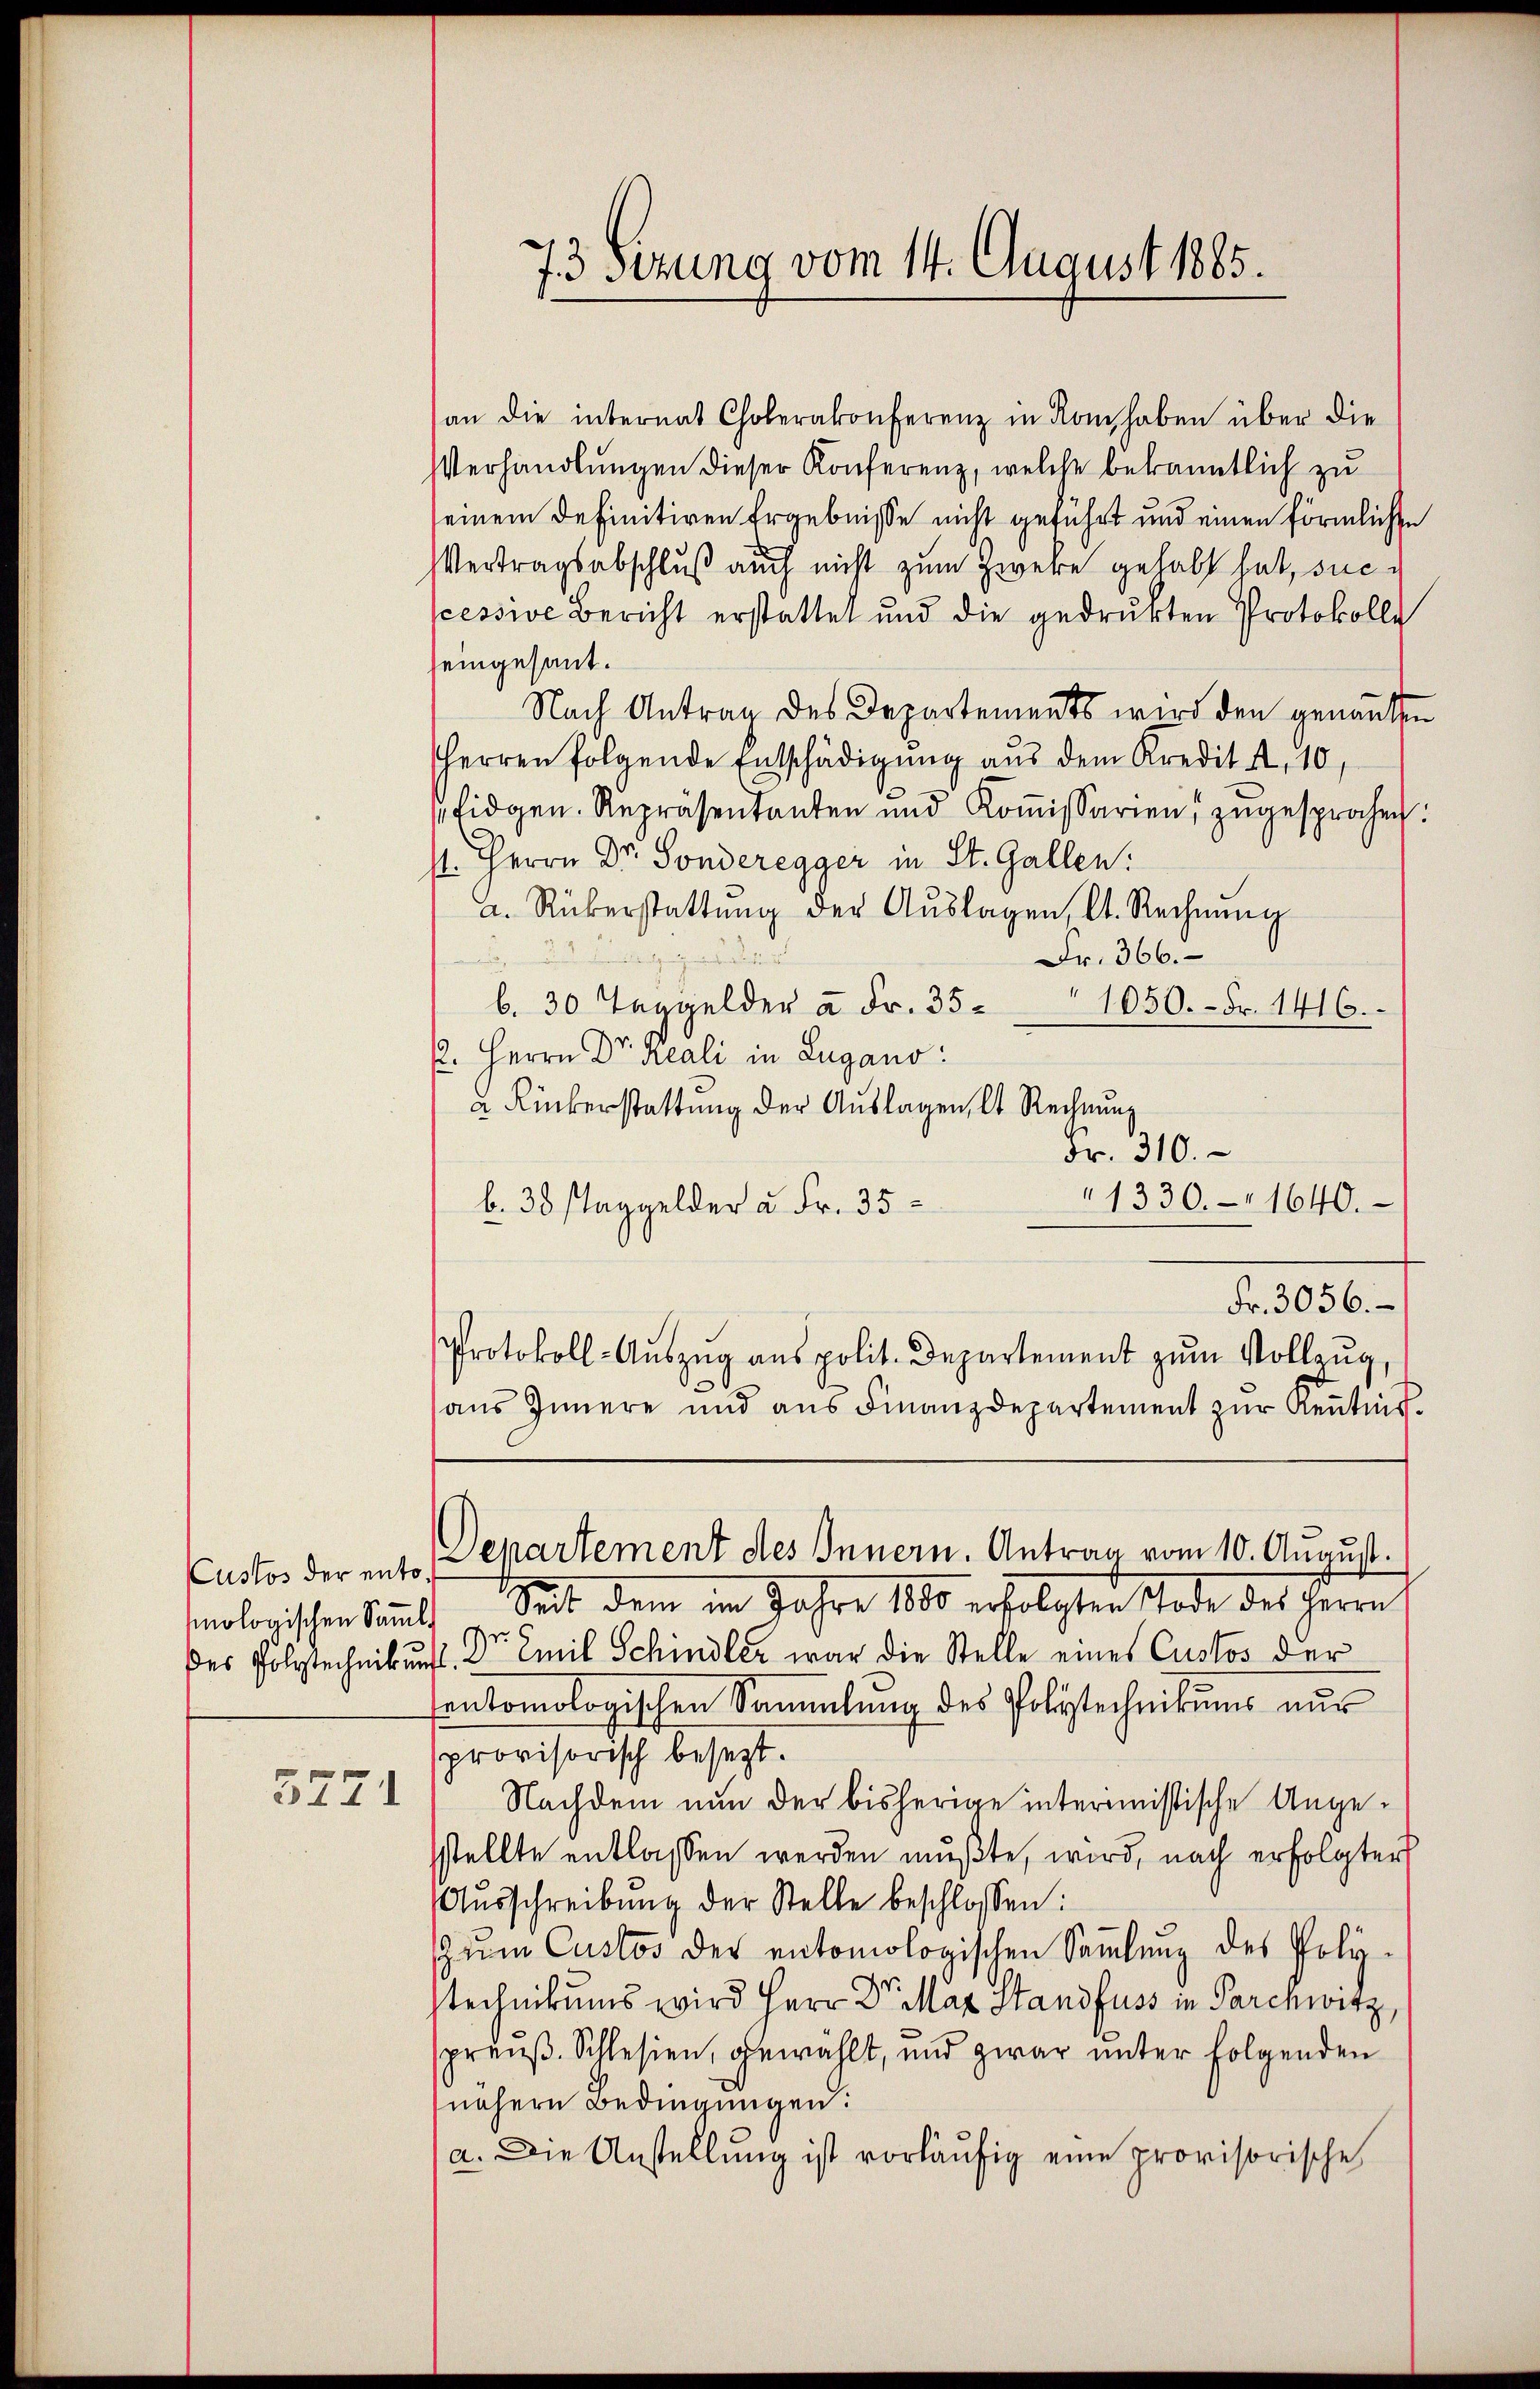
Custos der entomologischen Samml

3771

73 sizung vom 14. August 1885.

an die internat Cholerakonferenz in Rom haben über die
Verhandlungen dieser Konferenz, welche bekanntlich zu
seinem definitiven Ergebnisse nicht geführt und einen förmlichen
Vertragsabschluß auch nicht zum Zweke gehabt hat, successive Bericht erstattet und die gedrukten Protokolle
eingesant.
Nach Antrag des Departements wird den genannte
Herren folgende Entschädigung aus dem Kredita, 10,
fidgen. Repräsentanten und Koṁissarien zugesprochen.
st. Herrn Dr. Sonderegger in St. Gallen:
a. Rükerstattŭng der Aŭslagen, lt. Rechnŭng
Fr. 366.
b. 30 Taggelder u Fr. 35. 1050.- Fr. 1416.
2. Herrn Dr. Reali in Lugano:
a Lieberstattung der Auslagen, lt. Rechnung
Fr. 310.
b. 30 Taggelder à Fr. 35
Fr. 3056.
Protokoll-Aŭszŭg ans polit. Departement zŭm Vollzŭg,
aŭs Innere und aŭs Finanzdepartement zŭr Keṅtnis.
Departement des Innern. Antrag vom 10. August.
 Seit dem im Jahre 1880 erfolgten Tode des Herrn
des Polytechnikung. Dr Emil Schindler war die Stelle eines Custos der
entomologischen Sammlung des Polytechnikums nur
provisorisch besezt.
Nachdem nun der bisherige interimistische Angesstellte entlassen werden mußte, wird, nach erfolgter
Aŭsschreibung der Stelle beschlossen:
zŭm Custos des entomologischen Saṁlŭng des Poly-
stechnikums wird Herr Dr. Max Standfuss in Parchwitz,
preuß. Schlesien, gewählt, und zwar unter folgenden
nähern Bedingungen:
a. Die Anstellŭng ist vorläŭfig eine provisorische

1330. 1640.